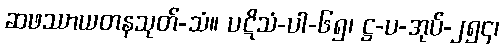
ဆဖဿာယတနသုတ်-သံ။ ပဋိသံ-ပါ-၆၅၊ ဋ္ဌ-ပ-အုပ်-၂၅၄၊